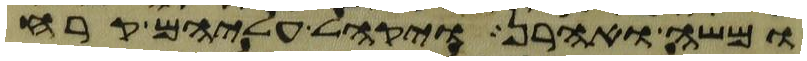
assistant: ומשה ואהרן ויקהל עליהם קרח